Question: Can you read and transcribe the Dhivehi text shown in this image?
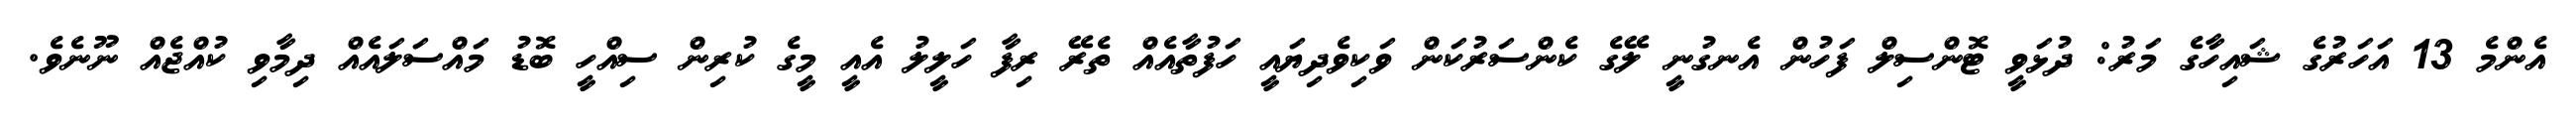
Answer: އެންމެ 13 އަހަރުގެ ޝައިހާގެ މަރު: ދުޅަވީ ޓޮންސިލް ފަހުން އެނގުނީ ލޭގެ ކެންސަރުކަން ވަކިވެދިޔައީ ހަފުތާއެއް ތެރޭ ރިފާ ހަލީލު އެއީ މީގެ ކުރިން ސިއްހީ ބޮޑު މައްސަލައެއް ދިމާވި ކުއްޖެއް ނޫނެވެ.